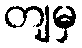
တျမှ